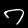
Digit: 7